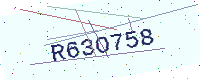
Text: R63O758